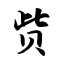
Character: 赀